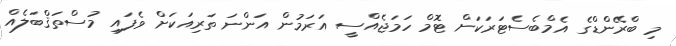
މި ބްރޭންޑްގެ އެމްބެސެޓަރަކަށް ޓޮމް ހަަމަޖެއްސީ އަރަމުން އަންނަ ތަރިއަކަށް ވެފައި މުސްތަޤްބަލެއް